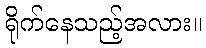
ရိုက်နေသည့်အလား။